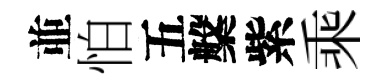
並怕五槃紫乘